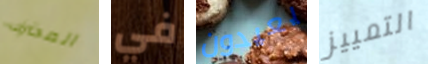
المحترف في يعيدون التمييز